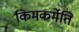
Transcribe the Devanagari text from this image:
किमकर्मेति